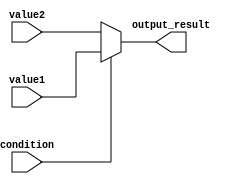
module conditional_operator (
    input wire condition,
    input wire value1,
    input wire value2,
    output reg output_result
);

// Condition that is evaluated to determine which value to select
always @ (*) begin
    // Values or expressions used as options for the selection
    output_result = (condition) ? value1 : value2;
end

endmodule